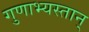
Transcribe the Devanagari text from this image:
गुणाभ्यस्तान्